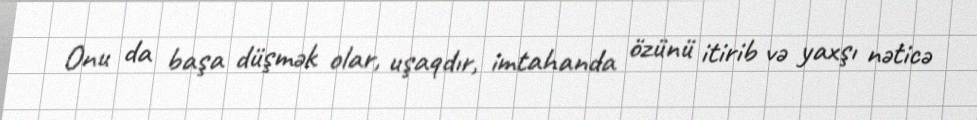
Onu da başa düşmək olar, uşaqdır, imtahanda özünü itirib və yaxşı nəticə